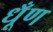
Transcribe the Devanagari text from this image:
धूँण